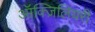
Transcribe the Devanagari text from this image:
ऑक्ज़िलियरी